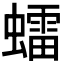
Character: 𧒽